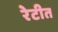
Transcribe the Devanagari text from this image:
रेटीत